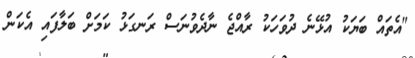
"އެތައް ބަޔަކު އުޅޭނެ ދުވަހަކު ރާއްޖެ ނާދެވުނަސް ރަނގަޅު ކަމަށް ބަލާފައި އެކަން